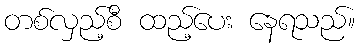
တစ်လှည့်စီ ထည့်ပေး နေရသည်။